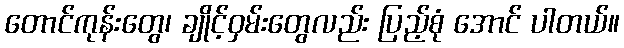
တောင်ကုန်းတွေ၊ ချိုင့်ဝှမ်းတွေလည်း ပြည့်စုံ အောင် ပါတယ်။